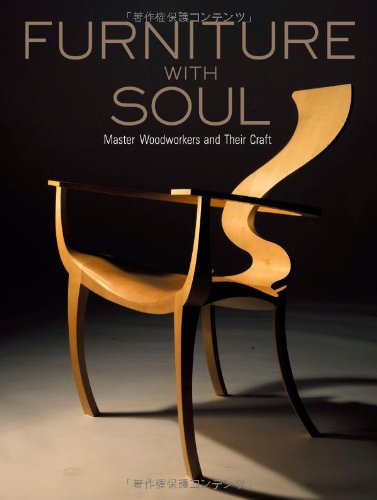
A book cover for Furniture with Soul: Master Woodworkers and Their Craft; David Savage; Crafts, Hobbies & Home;